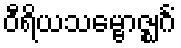
ဝီရိယသမ္ဗောဇ္ဈင်္ဂံ